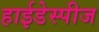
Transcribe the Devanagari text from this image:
हाईडेस्पीज